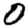
Digit: 0